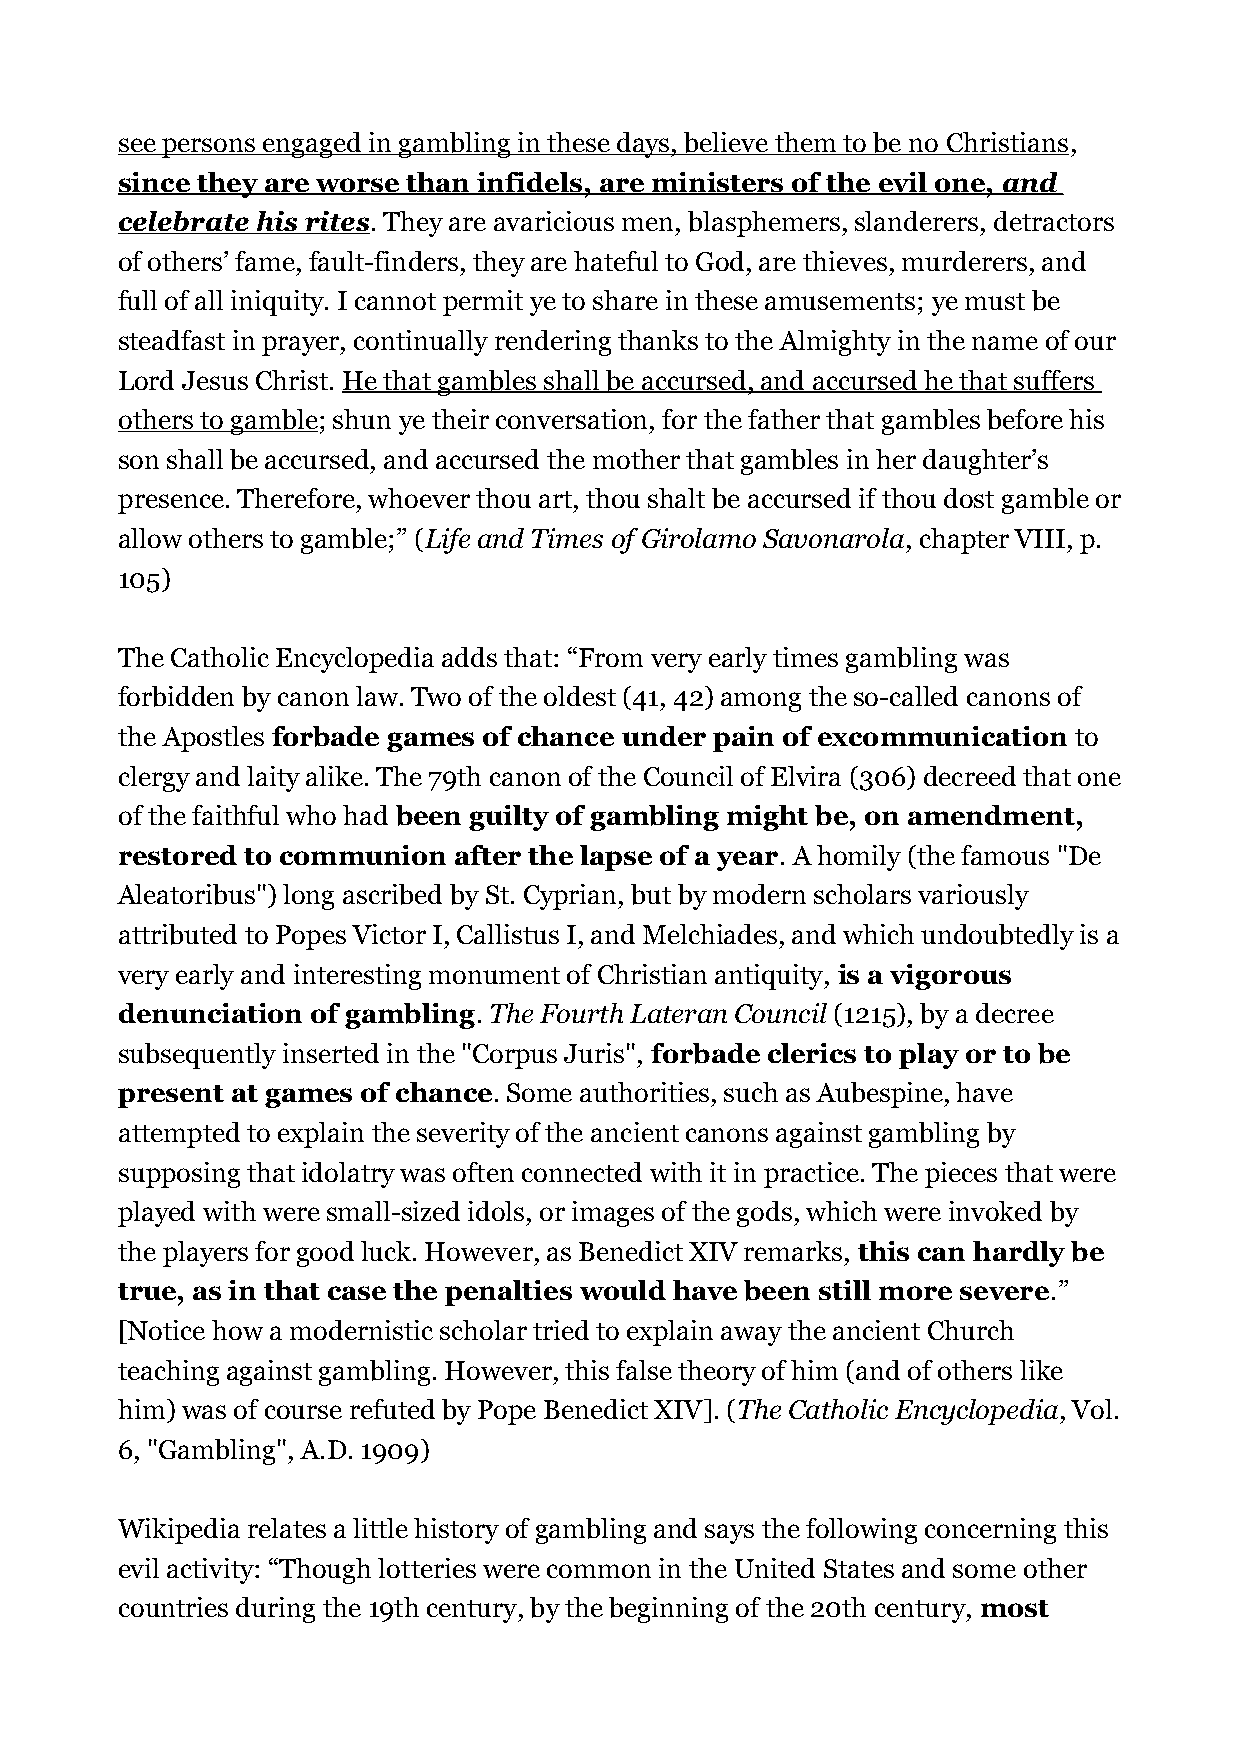
see persons engaged in gambling in these days, believe them to be no Christians,
 since they are worse than infidels, are ministers of the evil one, and
 celebrate his rites. They are avaricious men, blasphemers, slanderers, detractors
 of others’ fame, fault-finders, they are hateful to God, are thieves, murderers, and
 full of all iniquity. I cannot permit ye to share in these amusements; ye must be
 steadfast in prayer, continually rendering thanks to the Almighty in the name of our
 Lord Jesus Christ. He that gambles shall be accursed, and accursed he that suffers
 others to gamble; shun ye their conversation, for the father that gambles before his
 son shall be accursed, and accursed the mother that gambles in her daughter’s
 presence. Therefore, whoever thou art, thou shalt be accursed if thou dost gamble or
 allow others to gamble;” (Life and Times of Girolamo Savonarola, chapter VIII, p.
 105)
 The Catholic Encyclopedia adds that: “From very early times gambling was
 forbidden by canon law. Two of the oldest (41, 42) among the so-called canons of
 the Apostles forbade games of chance under pain of excommunication to
 clergy and laity alike. The 79th canon of the Council of Elvira (306) decreed that one
 of the faithful who had been guilty of gambling might be, on amendment,
 restored to communion after the lapse of a year. A homily (the famous "De
 Aleatoribus") long ascribed by St. Cyprian, but by modern scholars variously
 attributed to Popes Victor I, Callistus I, and Melchiades, and which undoubtedly is a
 very early and interesting monument of Christian antiquity, is a vigorous
 denunciation of gambling. The Fourth Lateran Council (1215), by a decree
 subsequently inserted in the "Corpus Juris", forbade clerics to play or to be
 present at games of chance. Some authorities, such as Aubespine, have
 attempted to explain the severity of the ancient canons against gambling by
 supposing that idolatry was often connected with it in practice. The pieces that were
 played with were small-sized idols, or images of the gods, which were invoked by
 the players for good luck. However, as Benedict XIV remarks, this can hardly be
 true, as in that case the penalties would have been still more severe.”
 [Notice how a modernistic scholar tried to explain away the ancient Church
 teaching against gambling. However, this false theory of him (and of others like
 him) was of course refuted by Pope Benedict XIV]. (The Catholic Encyclopedia, Vol.
 6, "Gambling", A.D. 1909)
 Wikipedia relates a little history of gambling and says the following concerning this
 evil activity: “Though lotteries were common in the United States and some other
 countries during the 19th century, by the beginning of the 20th century, most